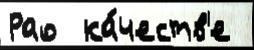
Рао  ка́честв'е